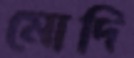
মোদি